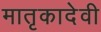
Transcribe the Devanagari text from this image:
मातृकादेवी